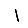
Digit: 1